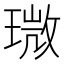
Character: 𤨉